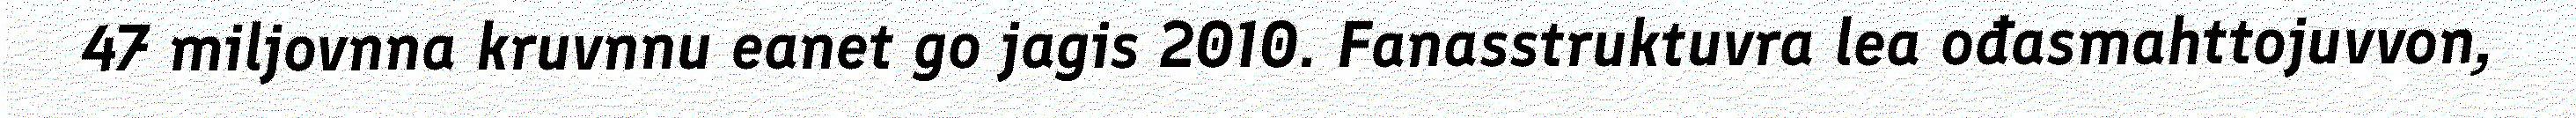
47 miljovnna kruvnnu eanet go jagis 2010. Fanasstruktuvra lea ođasmahttojuvvon,